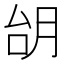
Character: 𪱜